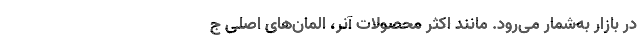
در بازار به‌شمار می‌رود. مانند اکثر محصولات آنر، المان‌های اصلی ج